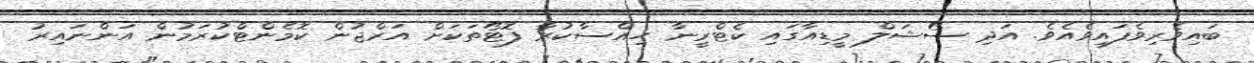
ބައިވެރިވެފައިވެއެވެ. އަދި ސޯޝަލް މީޑިއާގައި ކެޓްރީނާ ހިއްސާކުރާ ފޮޓޯތަކަށް އަރްޖުން ކޮމެންޓްކުރަމުން އަންނައިރު